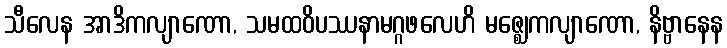
သီလေန အာဒိကလျာဏော, သမထဝိပဿနာမဂ္ဂဖလေဟိ မဇ္ဈေကလျာဏော, နိဗ္ဗာနေန